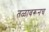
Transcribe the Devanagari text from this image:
तळावरूनच